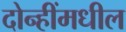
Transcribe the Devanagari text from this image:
दोन्हींमधील